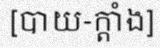
[បាយ-ក្តាំង]